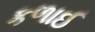
કળાઈ